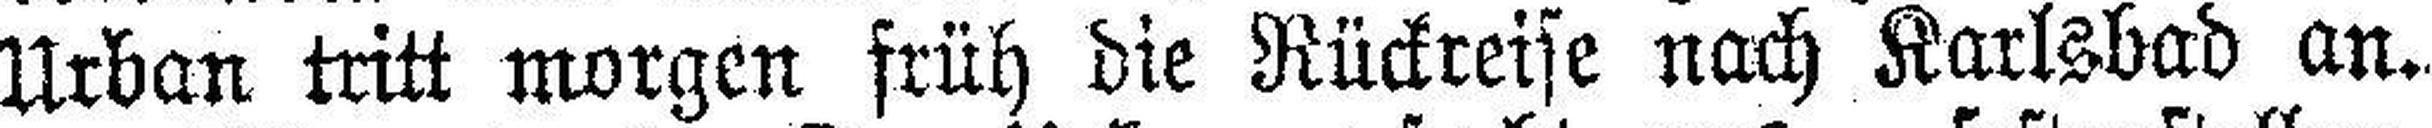
Urban tritt morgen früh die Rückreise nach Karlsbad an.